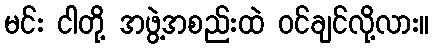
မင်း ငါတို့ အဖွဲ့အစည်းထဲ ဝင်ချင်လို့လား။